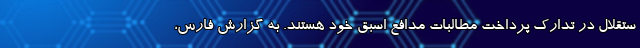
ستقلال در تدارک پرداخت مطالبات مدافع اسبق خود هستند. به گزارش فارس،